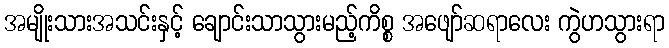
အမျိုးသားအသင်းနှင့် ချောင်းသာသွားမည့်ကိစ္စ အဖျော်ဆရာလေး ကွဲဟသွားရာ